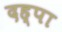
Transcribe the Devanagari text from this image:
दह्पा